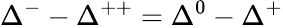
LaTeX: \Delta^{-}-\Delta^{++}=\Delta^{0}-\Delta^{+}